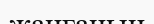
жанғанын